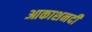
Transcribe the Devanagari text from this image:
आकाशनदी